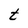
Character: t